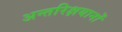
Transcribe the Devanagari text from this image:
अन्तरिक्षयानों